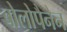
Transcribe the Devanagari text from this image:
बोलोपैनेन